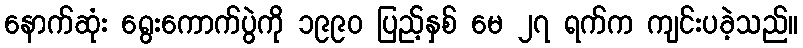
နောက်ဆုံး ရွေးကောက်ပွဲကို ၁၉၉၀ ပြည့်နှစ် မေ ၂၇ ရက်က ကျင်းပခဲ့သည်။